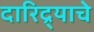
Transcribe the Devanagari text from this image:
दारिद्र्याचे